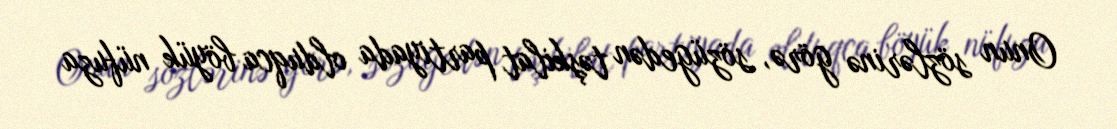
Onun sözlərinə görə, sözügedən təşkilat partiyada olduqca böyük nüfuza